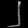
Digit: ၂